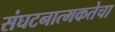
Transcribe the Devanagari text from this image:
संघटनात्मकतेचा